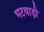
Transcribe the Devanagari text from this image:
भटवाड़ी